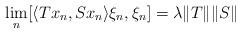
LaTeX: \begin{align*}\lim_n [\langle Tx_n , Sx_n \rangle \xi_n , \xi_n ] = \lambda\| T\| \| S\|\end{align*}